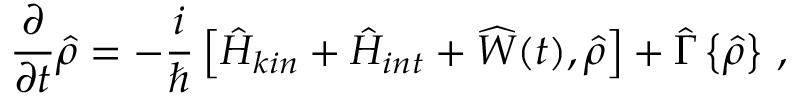
\frac { \partial } { \partial t } { \hat { \rho } } = - \frac { i } { \hbar } \left[ { \hat { H } } _ { k i n } + { \hat { H } } _ { i n t } + { \widehat W } ( t ) , { \hat { \rho } } \right] + { \hat { \Gamma } } \left\{ { \hat { \rho } } \right\} \, ,